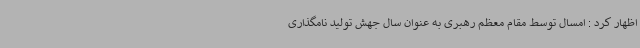
اظهار کرد : امسال توسط مقام معظم رهبری به عنوان سال جهش تولید نامگذاری